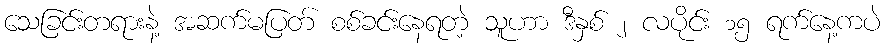
သေခြင်းတရားနဲ့ အဆက်မပြတ် စစ်ခင်းနေရတဲ့ သူဟာ ဒီနှစ် ၂ လပိုင်း ၁၅ ရက်နေ့ကပဲ